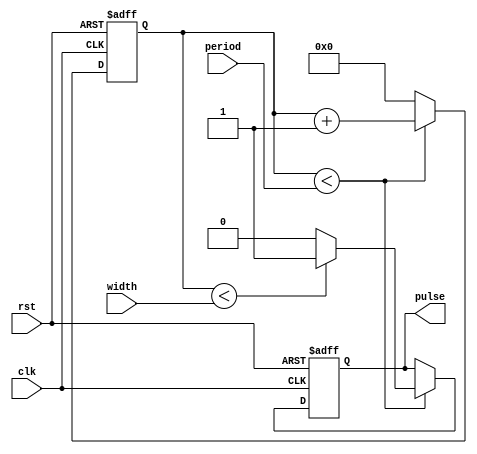
module SimplePulseGenerator(
    input wire clk,
    input wire rst,
    input wire [7:0] period,
    input wire [7:0] width,
    output reg pulse
);

reg [7:0] count;

always @ (posedge clk or posedge rst) begin
    if (rst) begin
        count <= 8'b0;
        pulse <= 1'b0;
    end else begin
        if (count < period) begin
            count <= count + 1;
            pulse <= (count < width) ? 1'b1 : 1'b0;
        end else begin
            count <= 8'b0;
        end
    end
end

endmodule